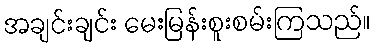
အချင်းချင်း မေးမြန်းစူးစမ်းကြသည်။